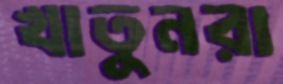
খাতুনরা